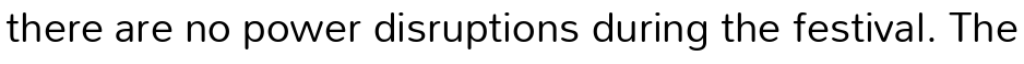
there are no power disruptions during the festival. The